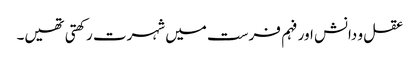
عقل و دانش اور فہم فرست میں شہرت رکھتی تھیں۔